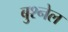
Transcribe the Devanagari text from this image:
बुश्नेल